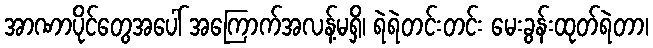
အာဏာပိုင်တွေအပေါ် အကြောက်အလန့်မရှိ၊ ရဲရဲတင်းတင်း မေးခွန်းထုတ်ရဲတာ၊